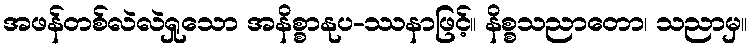
အဖန်တစ်လဲလဲရှုသော အနိစ္စာနုပ-ဿနာဖြင့်။ နိစ္စသညာတော၊ သညာမှ။